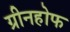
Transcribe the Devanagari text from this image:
ग्रीनहोफ